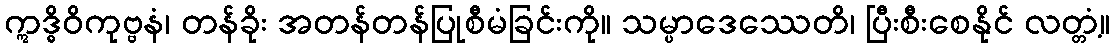
ဣဒ္ဓိဝိကုဗ္ဗနံ၊ တန်ခိုး အတန်တန်ပြုစီမံခြင်းကို။ သမ္ပာဒေဿေတိ၊ ပြီးစီးစေနိုင် လတ္တံ့။